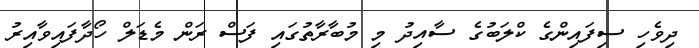
ދިވެހި ސިފައިންގެ ކްލަބުގެ ސާއިދު މި މުބާރާތުގައި ފަސް ރަން މެޑަލް ހޯދާފައިވާއިރު